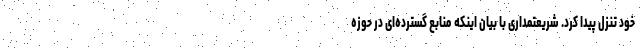
خود تنزل پیدا کرد. شریعتمداری با بیان اینکه منابع گسترده‌ای در حوزه